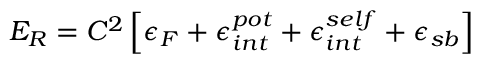
{ \cal E } _ { R } = C ^ { 2 } \left[ \epsilon _ { F } + \epsilon _ { i n t } ^ { p o t } + \epsilon _ { i n t } ^ { s e l f } + { \epsilon _ { s b } } \right]